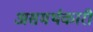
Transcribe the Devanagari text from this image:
असमर्थकारी